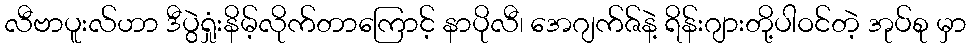
လီဗာပူးလ်ဟာ ဒီပွဲရှုံးနိမ့်လိုက်တာကြောင့် နာပိုလီ၊ အေဂျက်ဇ်နဲ့ ရိန်းဂျားတို့ပါဝင်တဲ့ အုပ်စု မှာ